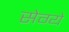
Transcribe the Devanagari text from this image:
सेग्ये